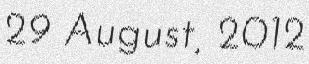
29 August, 2012